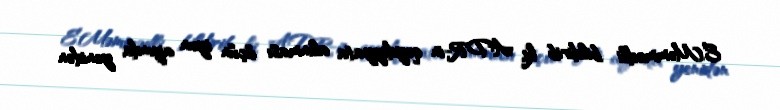
E.Məmmədli bildirib ki, ADR-in qeydiyyata alınması üçün iyun ayında yenidən